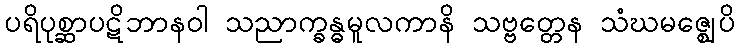
ပရိပုစ္ဆာပဋိဘာနဝါ သညာက္ခန္ဓမူလကာနိ သဗ္ဗတ္တေန သံဃမဇ္ဈေပိ